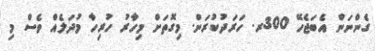
ގެންނަން އެބަޖެހޭ 300ރ. ހަރަދުކުރަން. މިގޮތަށް މިހާރު ހުރިހާ މުދަލެއް ވެސް މި